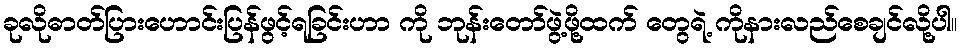
ခုလိုဓာတ်ပြားဟောင်းပြန်ဖွင့်ရခြင်းဟာ ကို ဘုန်းတော်ဖွဲ့ဖို့ထက် တွေရဲ့ ကိုနားလည်စေချင်လို့ပါ။